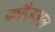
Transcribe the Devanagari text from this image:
कौउअल